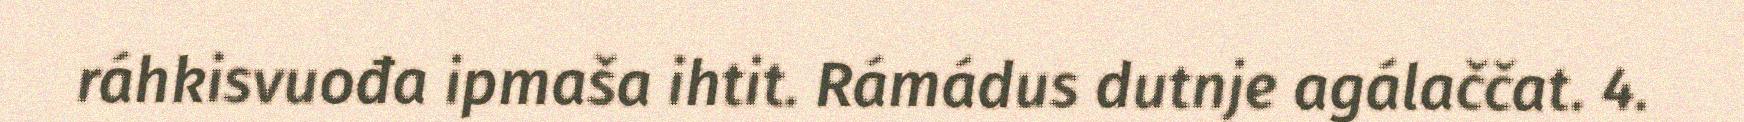
ráhkisvuođa ipmaša ihtit. Rámádus dutnje agálaččat. 4.